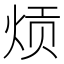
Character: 𬊎